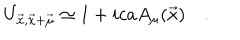
LaTeX: U _ { \vec { x } , \vec { x } + \vec { \mu } } \simeq 1 + i c a A _ { \mu } ( \vec { x } ) \quad .